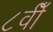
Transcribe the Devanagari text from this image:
८वीँ